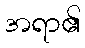
အရာ၏